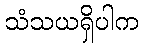
သံသယရှိပါက